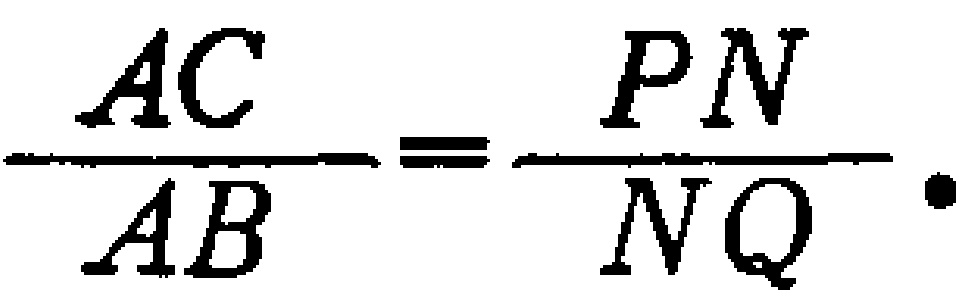
$\frac{AC}{AB}=\frac{PN}{NQ}.$